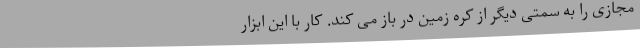
مجازی را به سمتی دیگر از کره زمین در باز می کند. کار با این ابزار